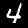
Digit: 4